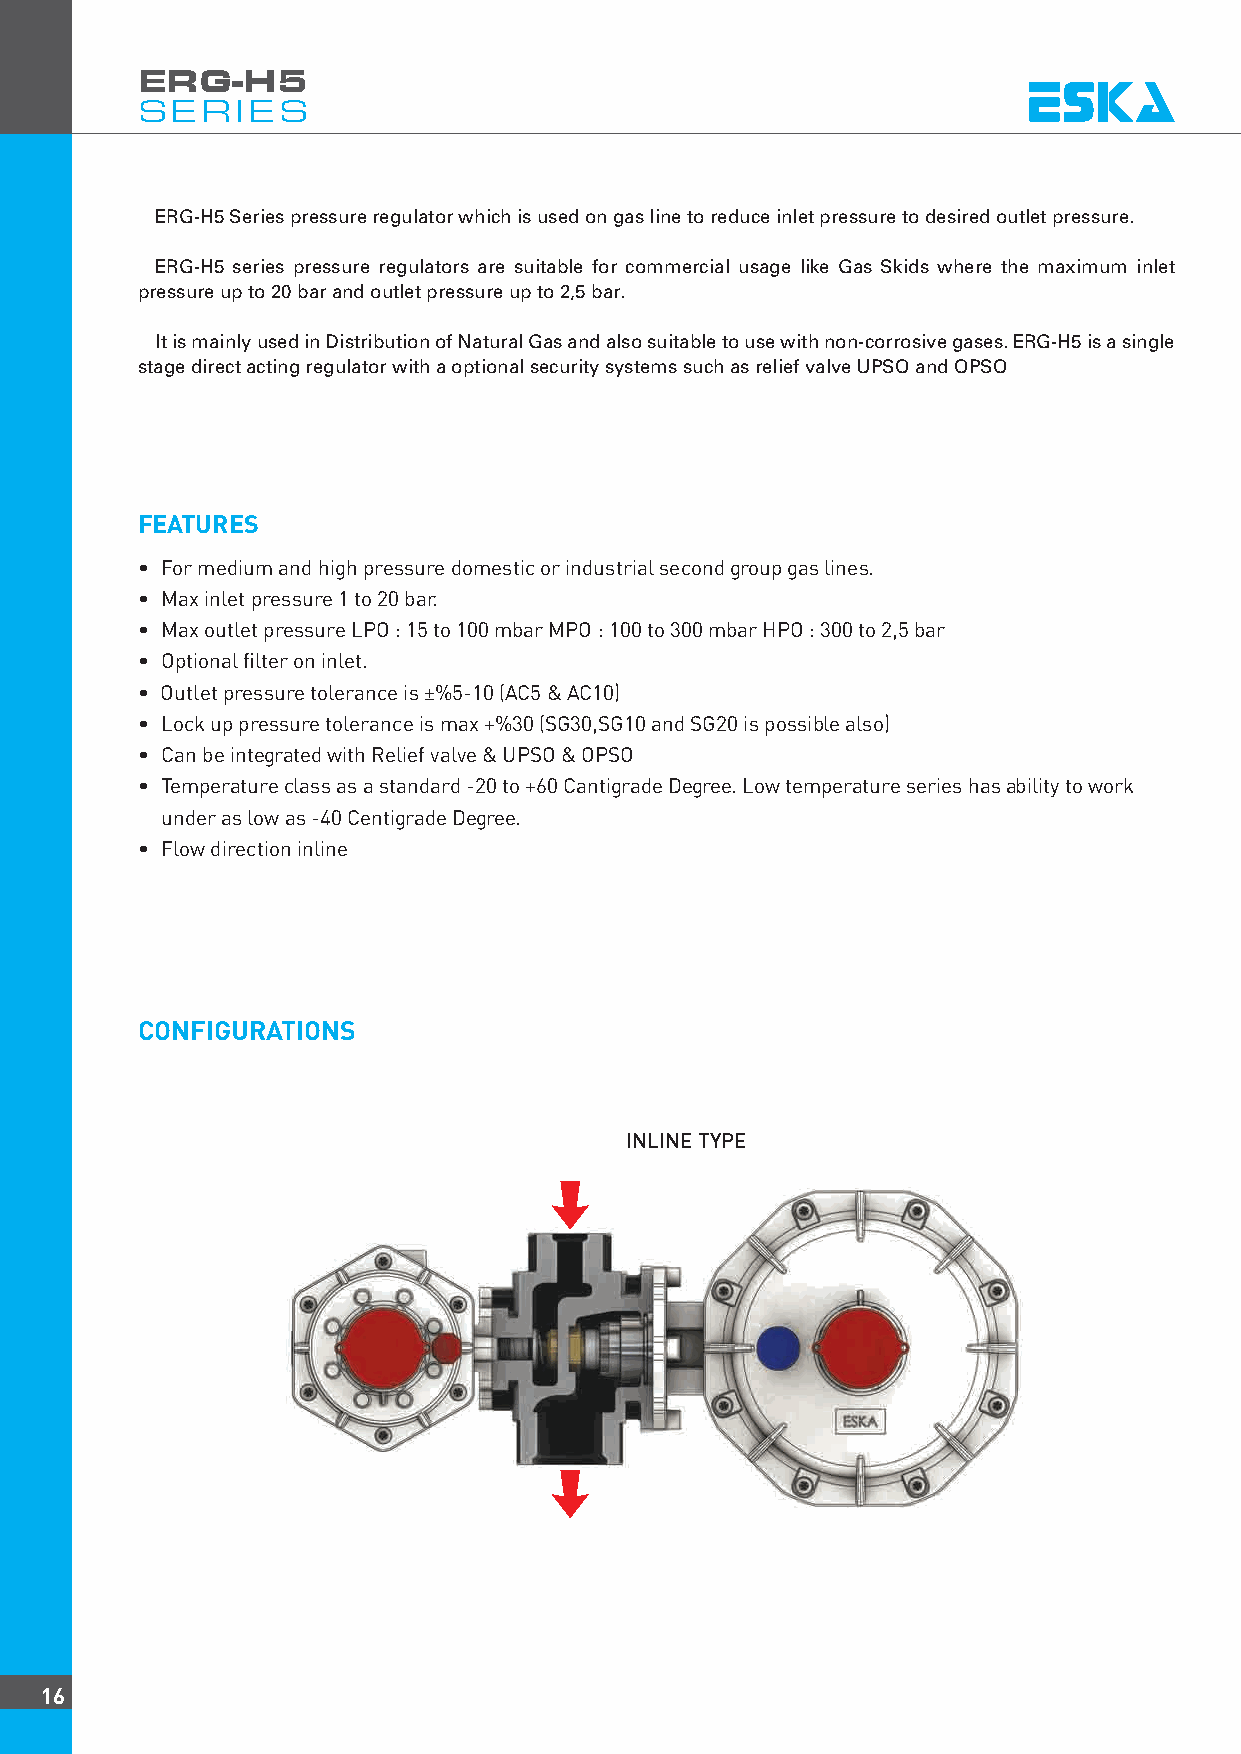
ERG-H5
 SERIES
 ERG-H5 Series pressure regulator which is used on gas line to reduce inlet pressure to desired outlet pressure.
 ERG-H5 series pressure regulators are suitable for commercial usage like Gas Skids where the maximum inlet
 pressure up to 20 bar and outlet pressure up to 2,5 bar.
 It is mainly used in Distribution of Natural Gas and also suitable to use with non-corrosive gases. ERG-H5 is a single
 stage direct acting regulator with a optional security systems such as relief valve UPSO and OPSO
 FEATURES
 • For medium and high pressure domestic or industrial second group gas lines.
 • Max inlet pressure 1 to 20 bar.
 • Max outlet pressure LPO : 15 to 100 mbar MPO : 100 to 300 mbar HPO : 300 to 2,5 bar
 • Optional filter on inlet.
 • Outlet pressure tolerance is ±%5-10 (AC5 & AC10)
 • Lock up pressure tolerance is max +%30 (SG30,SG10 and SG20 is possible also)
 • Can be integrated with Relief valve & UPSO & OPSO
 • Temperature class as a standard -20 to +60 Cantigrade Degree. Low temperature series has ability to work
 under as low as -40 Centigrade Degree.
 • Flow direction inline
 CONFIGURATIONS
 INLINE TYPE
 16